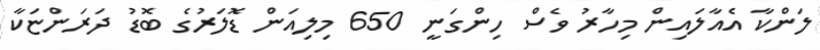
ލަންކާ އެއާލައިން މިހާރު ވެސް ހިންގަނީ 650 މިލިއަން ޑޮލަރުގެ ބޮޑު ދަރަންޏަކާ